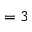
= 3